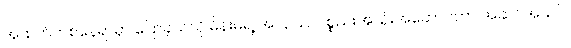
အထက်တစ်နေရာမှာ ပြောခဲ့သလို မိန်းမရဲ့ အလှပြင် ပစ္စည်းအသုံးအဆောင်ဟာ အဆင်အယင်၊